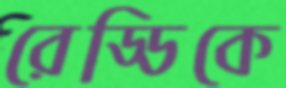
রেড্ডিকে